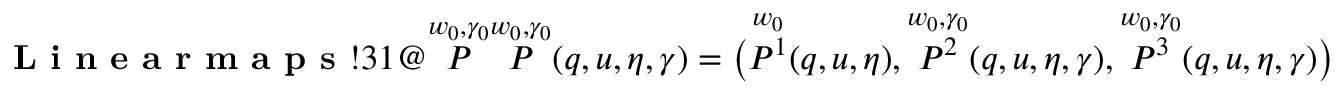
\index { \textbf { L i n e a r m a p s } ! 3 1 @ \overset { w _ { 0 } , \gamma _ { 0 } } { P } } \overset { w _ { 0 } , \gamma _ { 0 } } { P } ( q , u , \eta , \gamma ) = \big ( \overset { w _ { 0 } } { P ^ { 1 } } ( q , u , \eta ) , \overset { w _ { 0 } , \gamma _ { 0 } } { P ^ { 2 } } ( q , u , \eta , \gamma ) , \overset { w _ { 0 } , \gamma _ { 0 } } { P ^ { 3 } } ( q , u , \eta , \gamma ) \big )